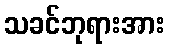
သခင်ဘုရားအား